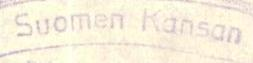
Suomen Kansan